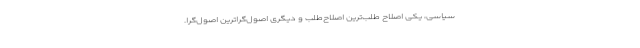
سیاسی، یکی اصلاح طلب‌ترین اصلاح‌طلب و دیگری اصول‌گراترین اصول‌گرا.